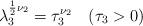
LaTeX: \begin{align*}\lambda_3^{\frac12 \nu_2} = \tau_3^{\nu_2} \quad (\tau_3 > 0)\end{align*}